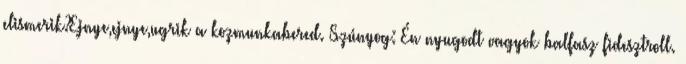
elismerik?Ejnye,ejnye,ugrik a kozmunkabered. Szúnyog: Én nyugodt vagyok balfasz fidesztroll.